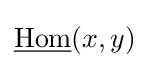
{\underline {\operatorname {Hom} }}(x,y)